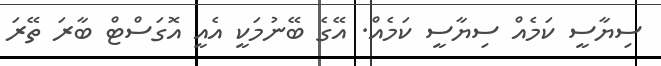
ސިޔާސީ ކަމެއް ސިޔާސީ ކަމެއް. އޭގެ ބޭނުމަކީ އެއީ އޮގަސްޓް ބާރަ ތޭރަ